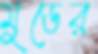
মুডের